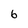
Character: 6